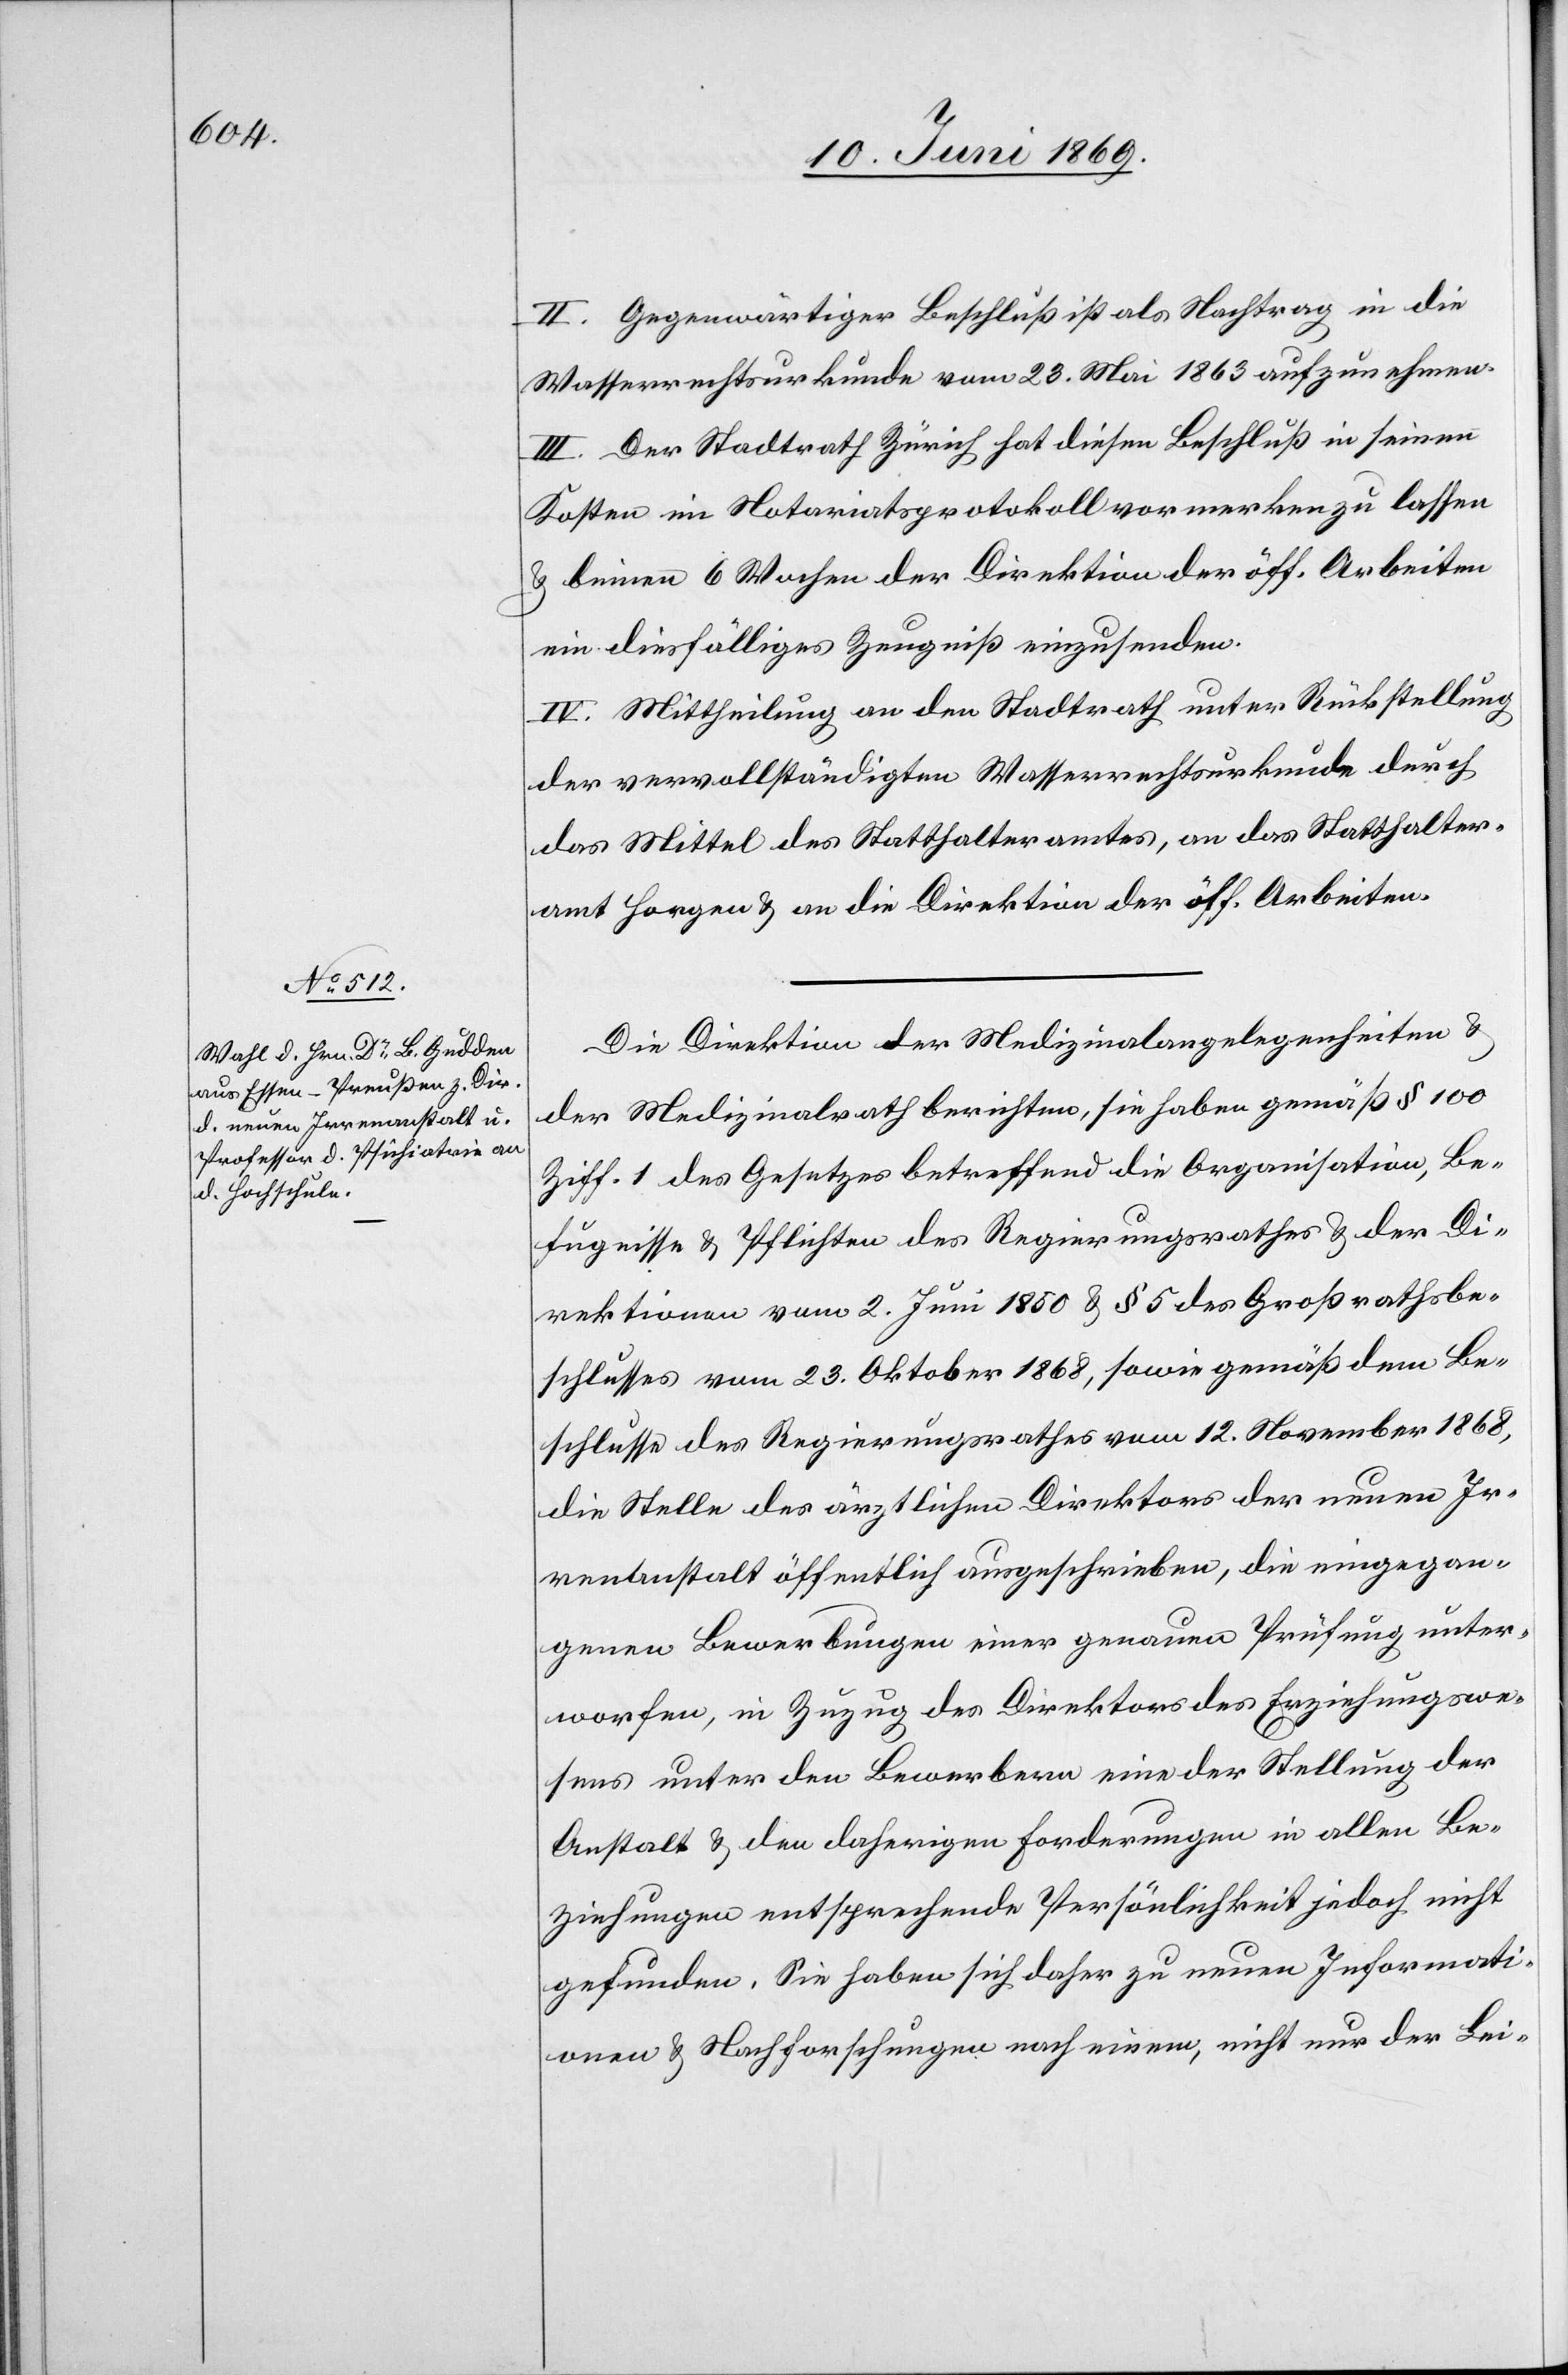
II. Gegenwärtiger Beschluß ist als Nachtrag in die
Wasserrechtsurkunde vom 23. Mai 1863 aufzunehmen.
III. Der Stadtrath Zürich hat diesen Beschluß in seinen
Kosten im Notariatsprotokoll vormerken zu lassen
u. binnen 6 Wochen der Direktion der öff. Arbeiten
ein diesfälliges Zeugniß einzusenden.
IV. Mittheilung an den Stadtrath unter Rückstellung
der vervollständigten Wasserrechtskurkunde durch
das Mittel des Statthalteramtes, an das Statthalter¬
amt Horgen u. an die Direktion der öff. Arbeiten.
Die Direktion der Medizinalangelegenheiten u.
der Medizinalrath berichten, sie haben gemäß § 100
Ziff 1 des Gesetzes betreffend die Organisation, Be¬
fugnisse u. Pflichten des Regierungsrathes u. der Di¬
rektionen vom 2. Juni 1850 u. § 5 des Großrathsbe¬
schlusses vom 23. Oktober 1868, sowie gemäß dem Be¬
schlusse des Regierungsrathes vom 12. November 1868,
die Stelle des ärztlichen Direktors der neuen Ir¬
renanstalt öffentlich ausgeschrieben, die eingegan¬
genen Bewerbungen einer genauen Prüfung unter¬
worfen, in Zuzug des Direktors des Erziehungswe¬
sens unter den Bewerbern eine der Stellung der
Anstalt u. den daherigen Forderungen in allen Be¬
ziehungen entsprechende Persönlichkeit jedoch nicht
gefunden. Sie haben sich daher zu neuen Informati¬
onen u. Nachforschungen nach einem, nicht nur der Lei-